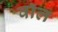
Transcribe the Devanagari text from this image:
वाॅल